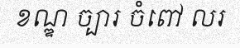
ខណ្ឌ ច្បារ ចំពៅ លរ